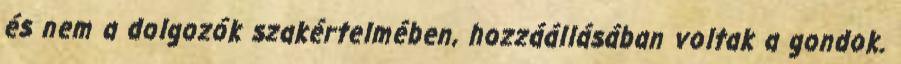
és nem a dolgozók szakértelmében, hozzáállásában voltak a gondok.